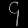
Digit: ၄